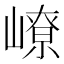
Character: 嶛